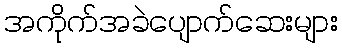
အကိုက်အခဲပျောက်ဆေးများ